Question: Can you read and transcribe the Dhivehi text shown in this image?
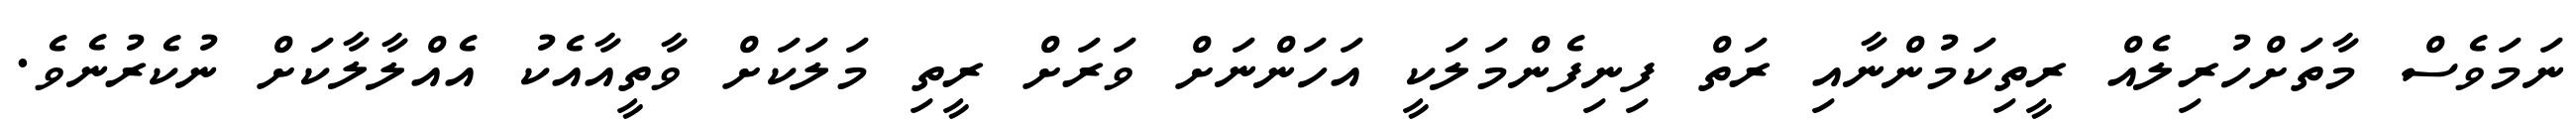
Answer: ނަމަވެސް މާތަށްހުރިލެއް ރީތިކަމުންނާއި ރަތް ފިނިފެންމަލަކީ އަހަންނަށް ވަރަށް ރީތި މަލަކަށް ވާތީއާއެކު އެއްލާލާކަށް ނުކެރުނެވެ.